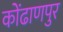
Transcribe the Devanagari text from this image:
कोंढाणपुर